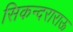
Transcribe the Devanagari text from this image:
सिकन्‍दराराऊ